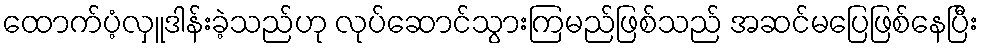
ထောက်ပံ့လှူဒါန်းခဲ့သည်ဟု လုပ်ဆောင်သွားကြမည်ဖြစ်သည် အဆင်မပြေဖြစ်နေပြီး